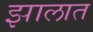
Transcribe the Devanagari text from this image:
झालात